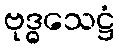
ဗုဒ္ဓသေဋ္ဌံ